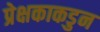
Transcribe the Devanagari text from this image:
प्रेक्षकाकडुन